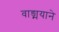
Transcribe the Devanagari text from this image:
वाङ्मयाने